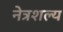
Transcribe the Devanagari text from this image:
नेत्रशल्य